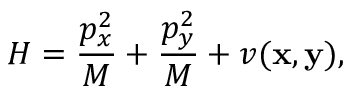
H = \frac { p _ { x } ^ { 2 } } { M } + \frac { p _ { y } ^ { 2 } } { M } + v ( { \bf x } , { \bf y } ) ,